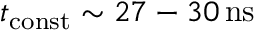
t _ { \mathrm { c o n s t } } \sim 2 7 - 3 0 \, \mathrm { n s }